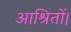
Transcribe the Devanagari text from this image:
आश्रितों।